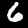
Label: 6